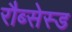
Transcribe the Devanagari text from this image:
रौब्सेस्ड